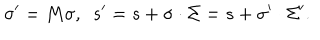
\sigma ^ { \prime } = M \sigma , \enspace s ^ { \prime } = s + \sigma \cdot \Sigma = s + \sigma ^ { \prime } \cdot \Sigma ^ { \prime } .